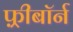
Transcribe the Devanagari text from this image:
फ़्रीबॉर्न